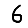
Digit: 6